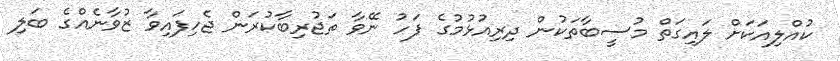
ކުއްލިއަކަށް ލައިގަތް މުސީބާތަކުން ދިރިއުޅުމުގެ ފަހު ނޭވާ ތަޖުރިބާކުރަން ޖެހިފައިވާ ޒުވާނެއްގެ ބަލި